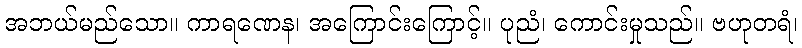
အဘယ်မည်သော။ ကာရဏေန၊ အကြောင်းကြောင့်။ ပုညံ၊ ကောင်းမှုသည်။ ဗဟုတရံ၊